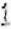
1